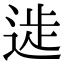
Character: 𨔀